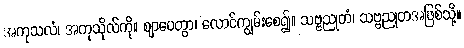
အကုသလံ၊ အကုသိုလ်ကို။ ဈာပေတွာ၊ လောင်ကျွမ်းစေ၍။ သဗ္ဗညုတံ၊ သဗ္ဗညုတအဖြစ်သို့။